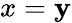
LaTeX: x=\mathbf{y}